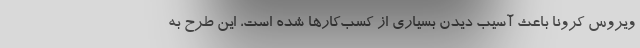
ویروس کرونا باعث آسیب دیدن بسیاری از کسب‌کارها شده است، این طرح به